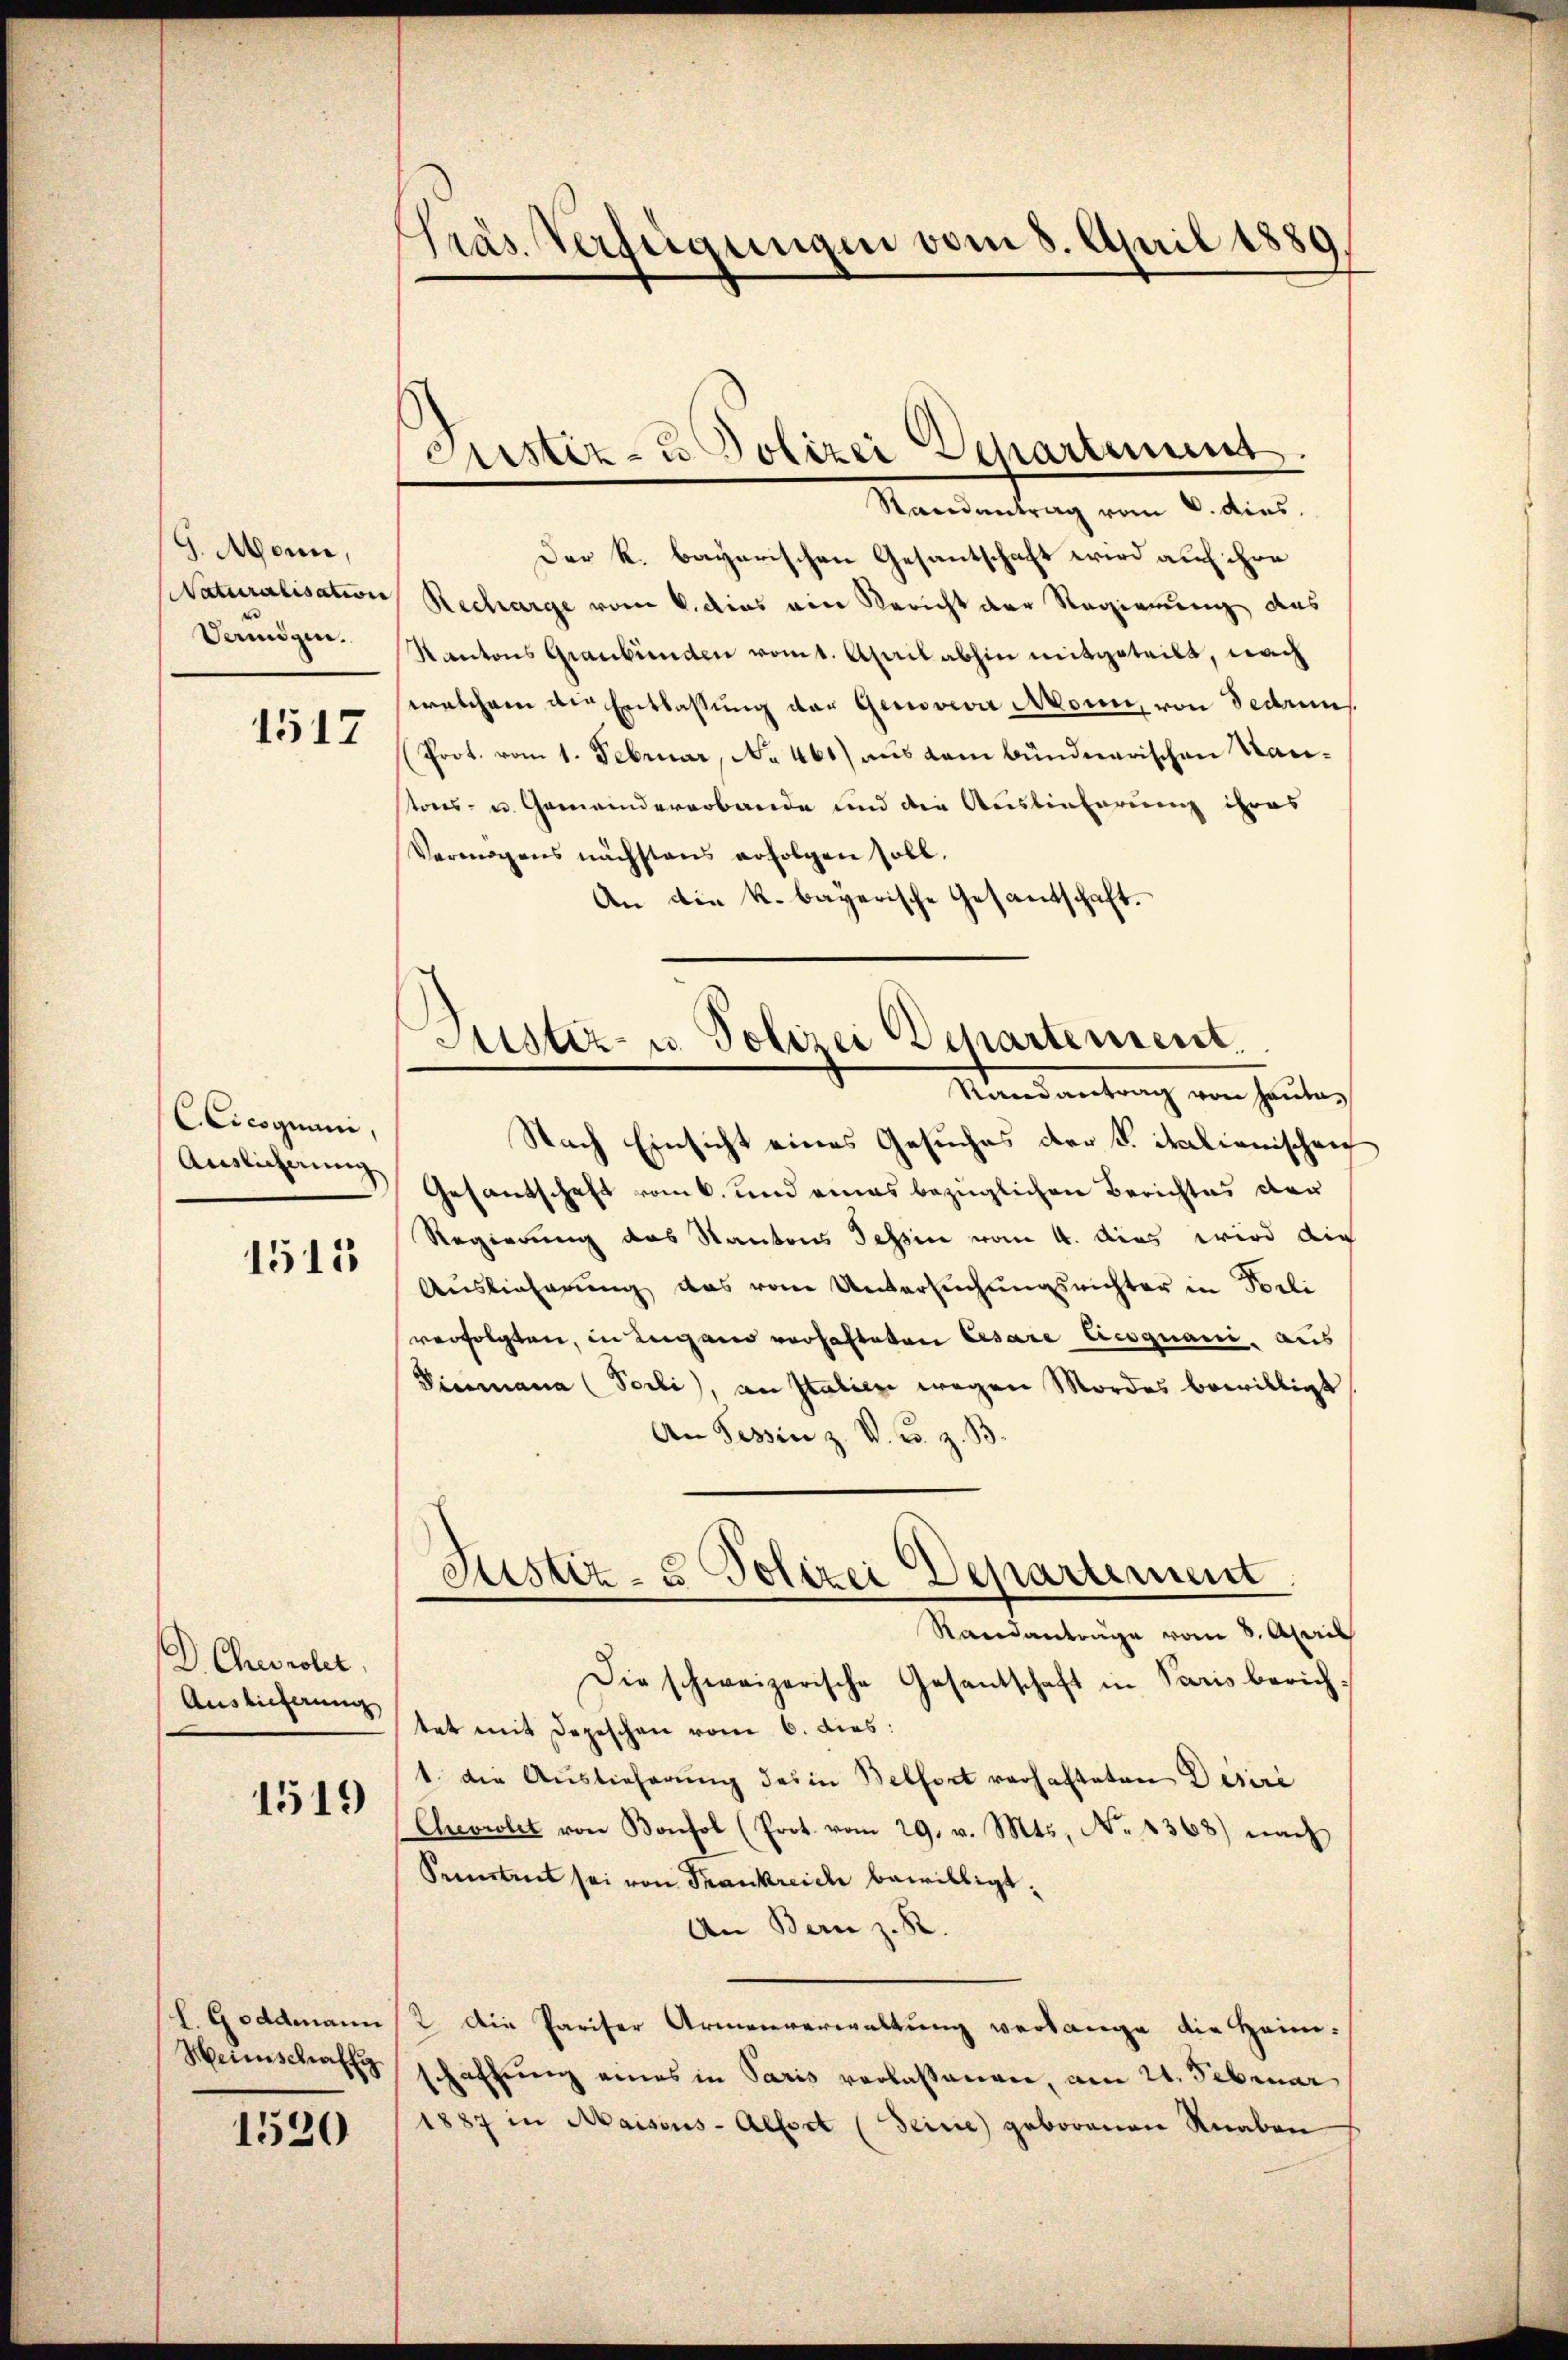
G. Mann,
Naturalisation
Samigen.

1517

CCicoguuni,
Auslicherung

1515

D. Cherolet,
Auslieferung

1519

l. Goddmann
Heinschaff

1520

Präs. Verfügungen vom 3. April 1889

custiz- u. Polizei Departement.

Randantrag vom 8. dies
Der k. bayerischen Gesantschaft wird auf ihre
Recharge vom 6. dies ein Bericht der Regierung des
Kantons Graubünden vom 1. April abhin mitgeteilt, nach
welchem die Entlassung der Genoveva Monn, von Fedres
Prot. vom 1. Februar, No 460) aus dem bündnerischen Kantons- u. Gemeinderarbande und der Auslieferung ihres
Vermögens nächstens erfolgen soll.
An die k. bayerische Gesandtschaft.
Mandantrag von heute,
Nach Einsicht eines Gesuches der F. italienischen
Gesandschaft vom 6. und eines bezüglichen Berichtes der
Regierung des Kantons Tessin vom 4. das wird die
Auslieferung das vom Untersŭchŭngsrichter in Vorli
verfolgten, in Lugano verhafteten Cesare Cicoguani, aus
Pinmana (Poili), an Italien wegen Mordes bewilligt
An Tessin z. V. B. z. B.
Justiz- & Polizei Departement
Randantrage vom 3. April
Die schweizerische Gesantschaft in Paris berichtet mit Depeschen vom 6. dies:
1. die Auslieferung des in Belfort verhafteten Desire
Cheviolet von Bonhol (Prot. vom 29. v. Mts. No. 4368) nach
Pretent sei von Frankreich bewilligt.
An Bern z. R.
2. Die Pariser Armenverwaltung verlange die Heim-
schaffung eines in Paris verlassenen, am 21. Februar
1887 in Maisons-Alfort (Seine geborenen Knaben

Justiz- u. Polizei Departement.